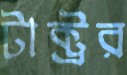
টাক্ট্রর